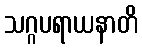
သဂ္ဂပရာယနာတိ